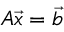
A { \overrightarrow { x } } = { \overrightarrow { b } }